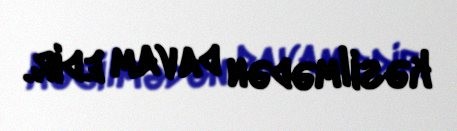
kəsilmədən davam edir.